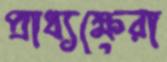
প্রাধ্যক্ষেরা